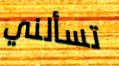
تسألني